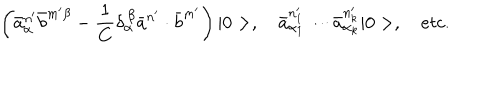
LaTeX: \left( \bar { a } _ { \alpha } ^ { n ^ { \prime } } \bar { b } ^ { m ^ { \prime } \beta } - \frac { 1 } { C } \delta _ { \alpha } ^ { \, \beta } \bar { a } ^ { n ^ { \prime } } \cdot \bar { b } ^ { m ^ { \prime } } \right) | 0 > , \quad \bar { a } _ { \alpha _ { 1 } } ^ { n _ { 1 } ^ { \prime } } \cdots \bar { a } _ { \alpha _ { k } } ^ { n _ { k } ^ { \prime } } | 0 > , \quad e t c .